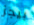
بيجز